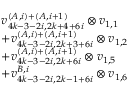
\begin{array} { r l } & { v _ { 4 k - 3 - 2 i , 2 k + 4 + 6 i } ^ { ( A , i ) + ( A , i + 1 ) } \otimes v _ { 1 , 1 } } \\ & { + v _ { 4 k - 3 - 2 i , 2 k + 3 + 6 i } ^ { ( A , i ) + ( A , i + 1 ) } \otimes v _ { 1 , 2 } } \\ & { + v _ { 4 k - 3 - 2 i , 2 k + 6 i } ^ { ( A , i ) + ( A , i + 1 ) } \otimes v _ { 1 , 5 } } \\ & { + v _ { 4 k - 3 - 2 i , 2 k - 1 + 6 i } ^ { B , i } \otimes v _ { 1 , 6 } } \end{array}